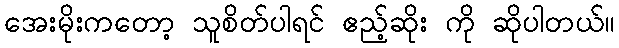
အေးမိုးကတော့ သူစိတ်ပါရင် ဧည့်ဆိုး ကို ဆိုပါတယ်။